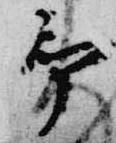
予